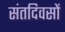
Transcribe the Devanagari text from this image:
संतदिवसों